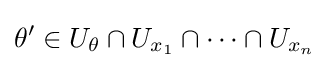
\theta '\in U_{\theta }\cap U_{x_{1}}\cap \dots \cap U_{x_{n}}